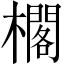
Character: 櫊